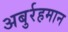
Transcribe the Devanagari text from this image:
अबुर्रहमान